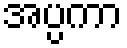
အပ္ပကာ